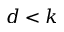
d < k